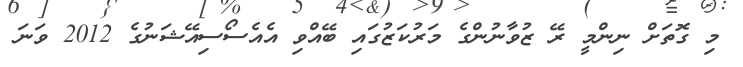
މި ގޮތަށް ނިންމީ ރޭ ޒުވާނުންގެ މަރުކަަޒުގައި ބޭއްވި އެއެސޯސިއޭޝަނުގެ 2012 ވަނަ